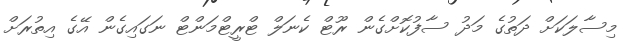
މިސާލަކަށް ދަތުގެ މަދު ސާފުކޮށްގެން ރޫޓް ކެނަލް ޓްރީޓްމަންޓް ނަގައިގެން އޭގެ އިތުރަށް